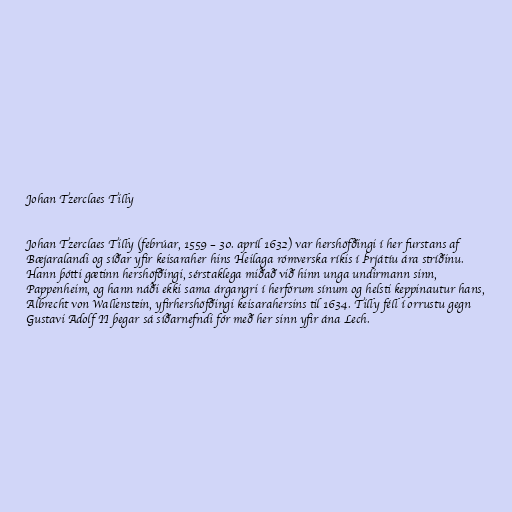
Johan Tzerclaes Tilly

Johan Tzerclaes Tilly (febrúar, 1559 – 30. apríl 1632) var hershöfðingi í her furstans af
Bæjaralandi og síðar yfir keisaraher hins Heilaga rómverska ríkis í Þrjátíu ára stríðinu.
Hann þótti gætinn hershöfðingi, sérstaklega miðað við hinn unga undirmann sinn,
Pappenheim, og hann náði ekki sama árgangri í herförum sínum og helsti keppinautur hans,
Albrecht von Wallenstein, yfirhershöfðingi keisarahersins til 1634. Tilly féll í orrustu gegn
Gustavi Adolf II þegar sá síðarnefndi fór með her sinn yfir ána Lech.